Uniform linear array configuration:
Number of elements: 12
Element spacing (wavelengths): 0.5
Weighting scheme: hann
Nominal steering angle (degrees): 45
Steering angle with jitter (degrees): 43.217
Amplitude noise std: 0.05
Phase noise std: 0.05

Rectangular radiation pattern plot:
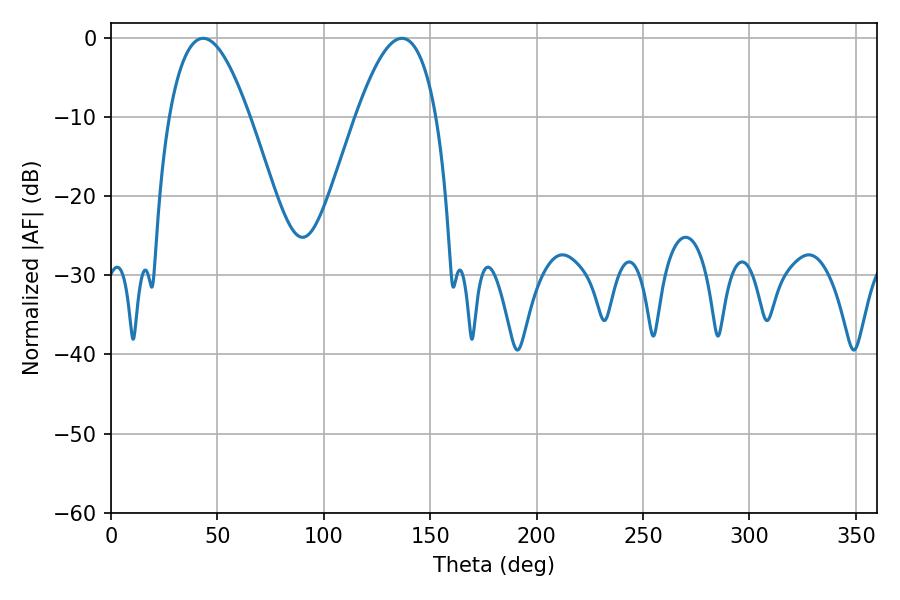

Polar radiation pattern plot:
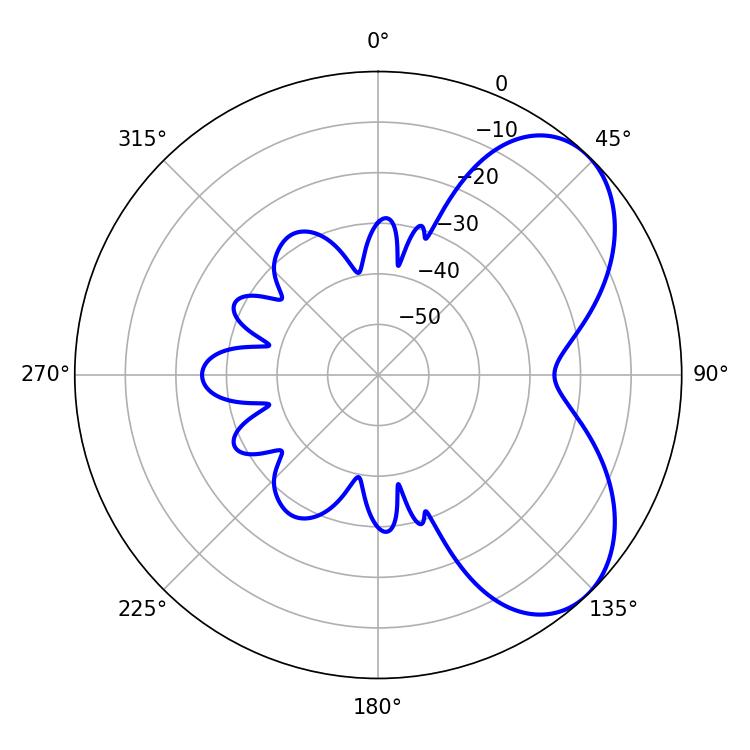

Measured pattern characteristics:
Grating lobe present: FALSE
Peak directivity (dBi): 5.651
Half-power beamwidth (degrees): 20.7
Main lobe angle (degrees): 43.38